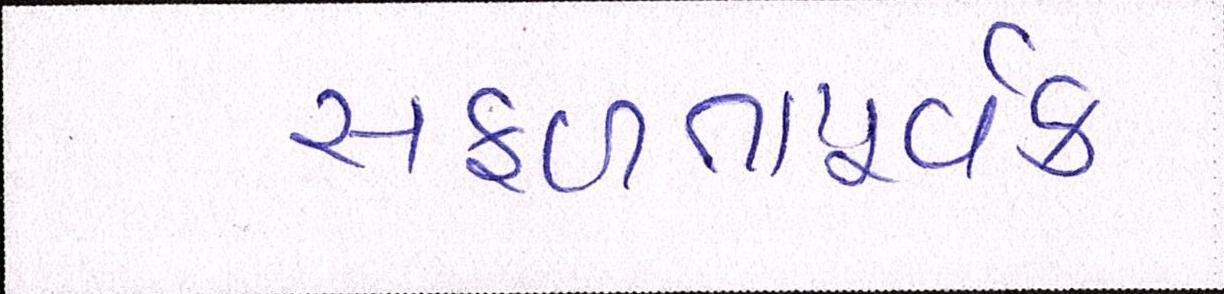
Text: સફળતાપૂર્વક